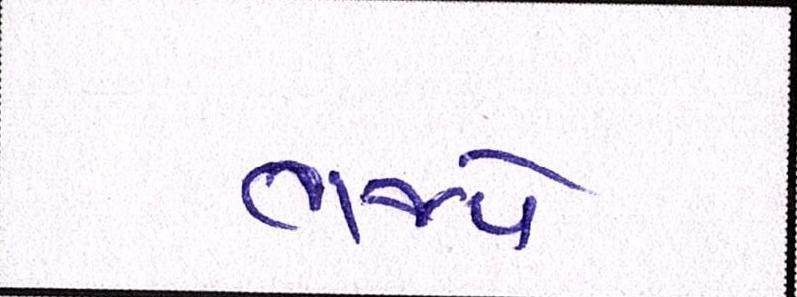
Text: ભજવે